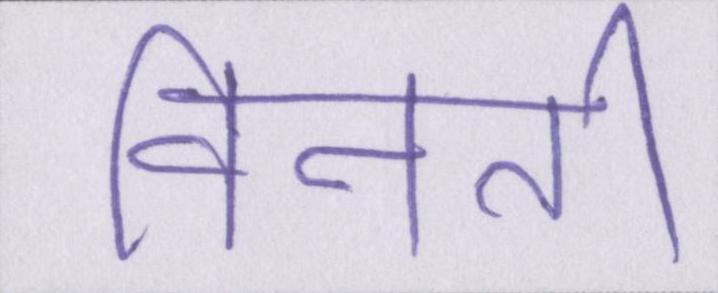
विनती